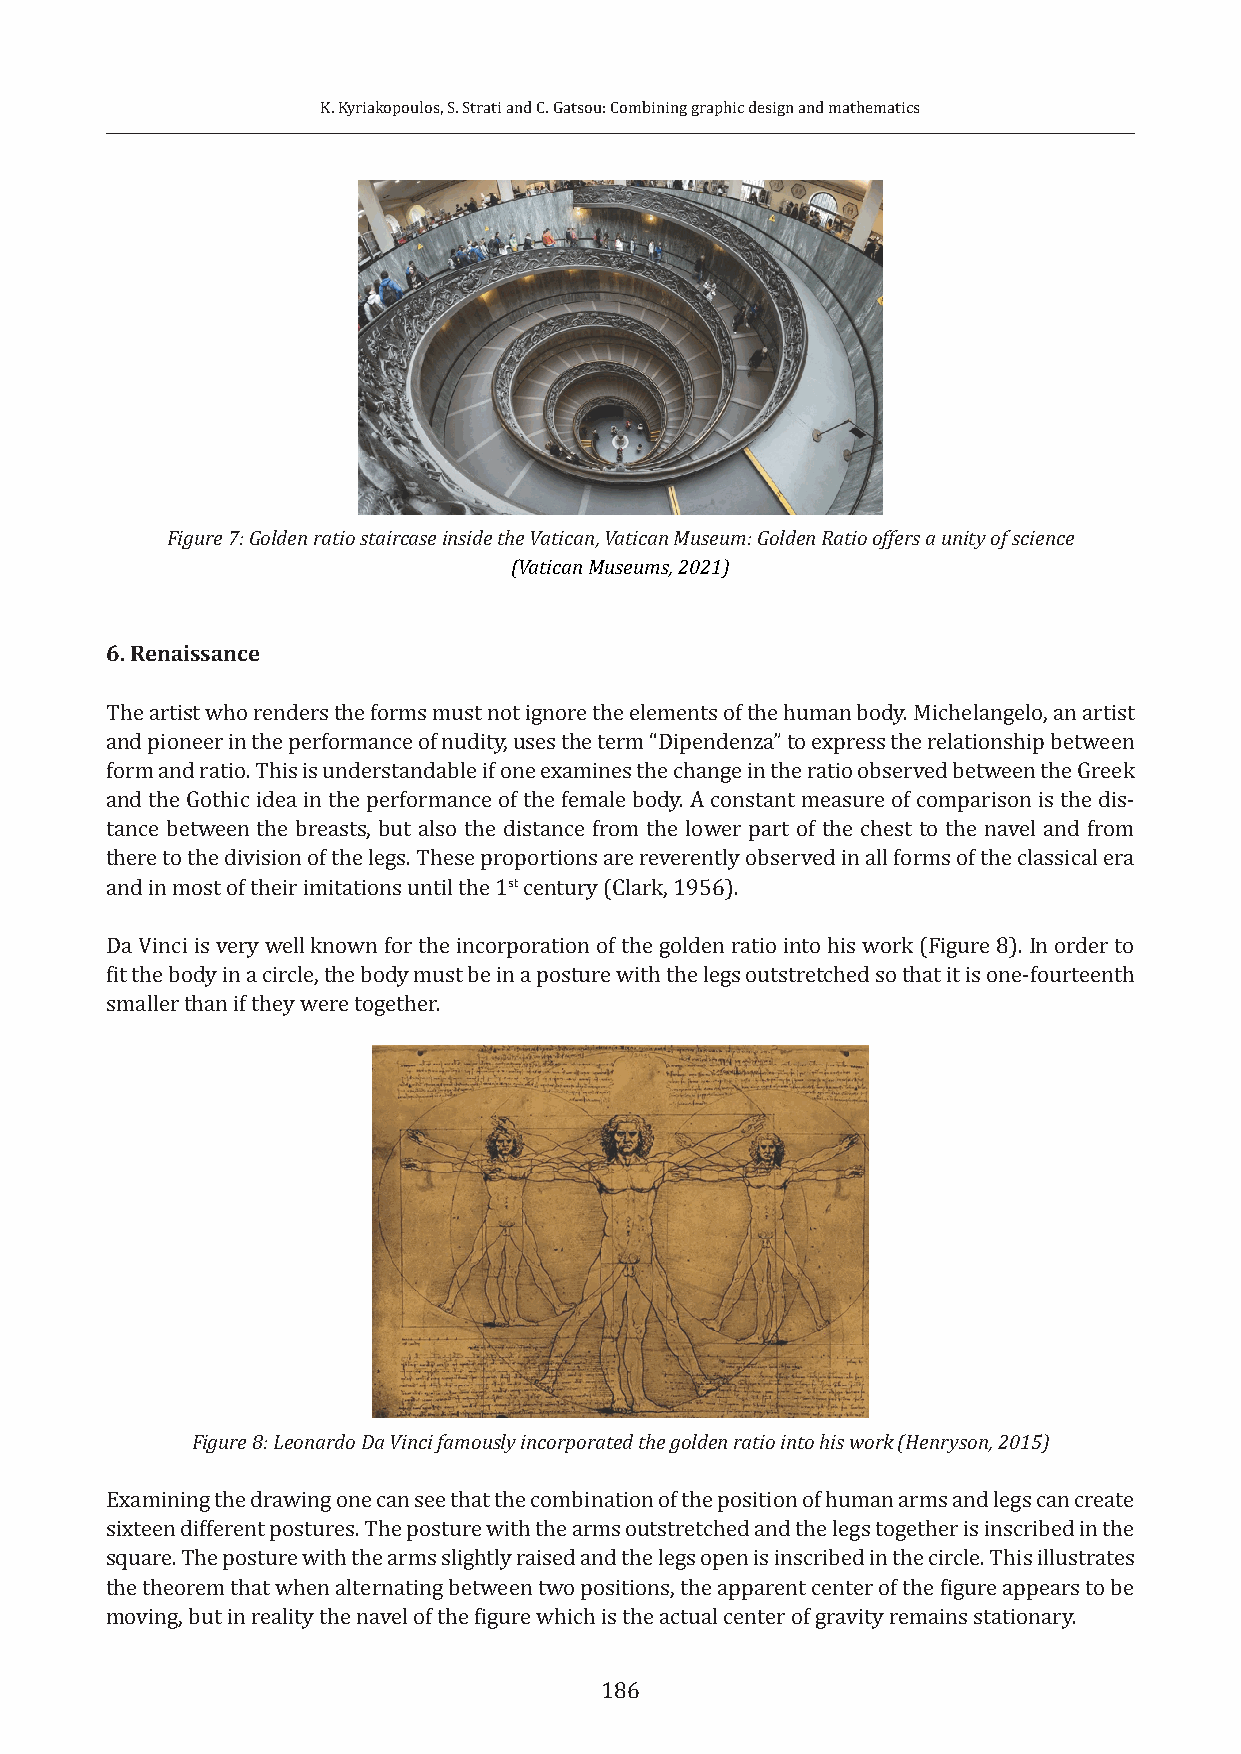
K. Kyriakopoulos, S. Strati and C. Gatsou: Combining graphic design and mathematics
 Figure 7: Golden ratio staircase inside the Vatican, Vatican Museum: Golden Ratio offers a unity of science
 (Vatican Museums, 2021)
 6. Renaissance
 The artist who renders the forms must not ignore the elements of the human body. Michelangelo, an artist
 and pioneer in the performance of nudity, uses the term “Dipendenza” to express the relationship between
 form and ratio. This is understandable if one examines the change in the ratio observed between the Greek
 and the Gothic idea in the performance of the female body. A constant measure of comparison is the dis-
 tance between the breasts, but also the distance from the lower part of the chest to the navel and from
 there to the division of the legs. These proportions are reverently observed in all forms of the classical era
 and in most of their imitations until the 1st century (Clark, 1956).
 Da Vinci is very well known for the incorporation of the golden ratio into his work (Figure 8). In order to
 fit the body in a circle, the body must be in a posture with the legs outstretched so that it is one-fourteenth
 smaller than if they were together.
 Figure 8: Leonardo Da Vinci famously incorporated the golden ratio into his work (Henryson, 2015)
 Examining the drawing one can see that the combination of the position of human arms and legs can create
 sixteen different postures. The posture with the arms outstretched and the legs together is inscribed in the
 square. The posture with the arms slightly raised and the legs open is inscribed in the circle. This illustrates
 the theorem that when alternating between two positions, the apparent center of the figure appears to be
 moving, but in reality the navel of the figure which is the actual center of gravity remains stationary.
 186